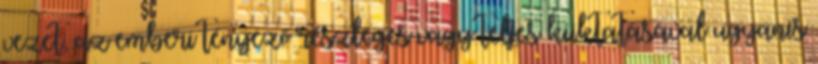
vezet, az emberi tényező részleges vagy teljes kiiktatásával ugyanis